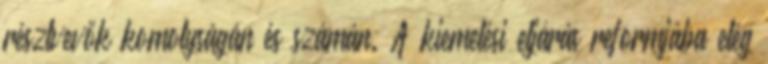
résztvevők komolyságán és számán. A kiemelési eljárás reformjába elég